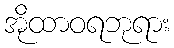
အိုထာဝရဘုရား